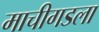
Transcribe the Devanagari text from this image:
माचीगडला